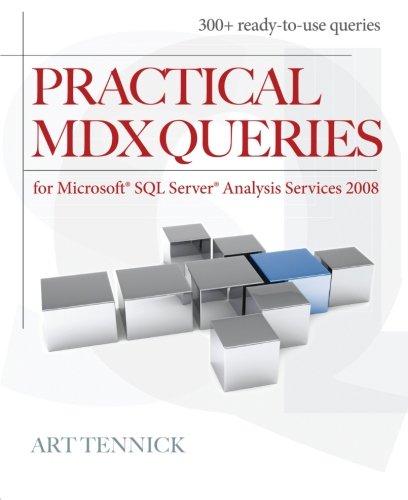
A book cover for Practical MDX Queries: For Microsoft SQL Server Analysis Services 2008; Art Tennick; Computers & Technology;